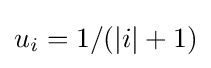
u_{i}=1/(|i|+1)